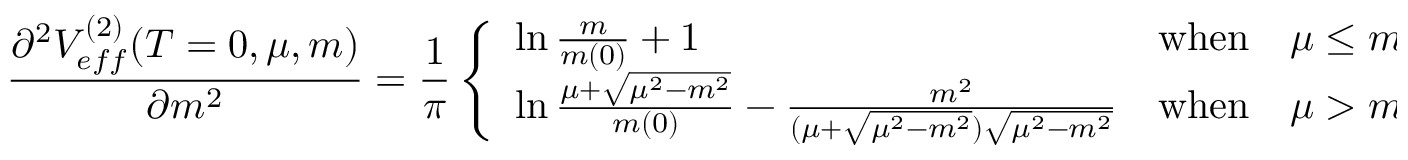
\frac { \partial ^ { 2 } V _ { e f f } ^ { ( 2 ) } ( T = 0 , \mu , m ) } { \partial m ^ { 2 } } = \frac { 1 } { \pi } \left\{ \begin{array} { l l l } { { \ln \frac { m } { m ( 0 ) } + 1 } } & { { \mathrm { w h e n } } } & { { \mu \leq m } } \\ { { \ln \frac { \mu + \sqrt { \mu ^ { 2 } - m ^ { 2 } } } { m ( 0 ) } - \frac { m ^ { 2 } } { ( \mu + \sqrt { \mu ^ { 2 } - m ^ { 2 } } ) \sqrt { \mu ^ { 2 } - m ^ { 2 } } } } } & { { \mathrm { w h e n } } } & { { \mu > m } } \end{array} \right. ,